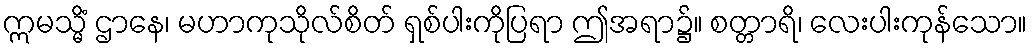
ဣမသ္မိံ ဌာနေ၊ မဟာကုသိုလ်စိတ် ရှစ်ပါးကိုပြရာ ဤအရာ၌။ စတ္တာရိ၊ လေးပါးကုန်သော။